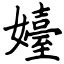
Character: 嬯